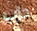
حزب